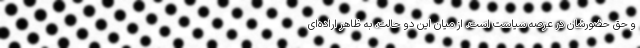
و حق حضورشان در عرصه سیاست است. از میان این دو حالت، به ظاهر اراده‌ای